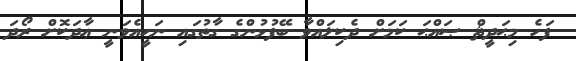
ފަހެ މިޙަދީޘް ޞައްޙަ ކަމަށް ދެކިލައްވާ ބޭފުޅުންގެ ގާތުގައި ނަހީއެވަނީ ޢާދަކޮށް ރޯދަ